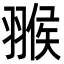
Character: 翭